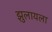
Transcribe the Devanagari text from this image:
झुलायला